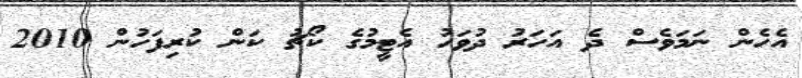
އެހެން ނަމަވެސް ދެ އަހަރު ދުވަހު އެޓީމުގެ ކޯޗު ކަން ކުރިފަހުން 2010